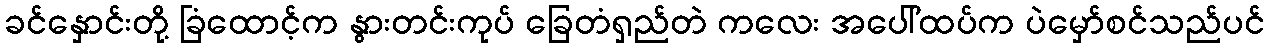
ခင်နှောင်းတို့ ခြံထောင့်က နွားတင်းကုပ် ခြေတံရှည်တဲ ကလေး အပေါ်ထပ်က ပဲမှော်စင်သည်ပင်